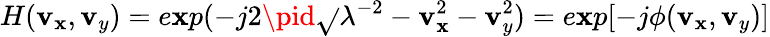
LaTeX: H(\mathbf{v}_{\mathbf{x}},\mathbf{v}_{y})=e\mathbf{x}p(-j2\pid\sqrt{}{{\lambda^{-2}-\mathbf{v}_{\mathbf{x}}^{2}-\mathbf{v}_{y}^{2}}})=e\mathbf{x}p[-j\phi(\mathbf{v}_{\mathbf{x}},\mathbf{v}_{y})]